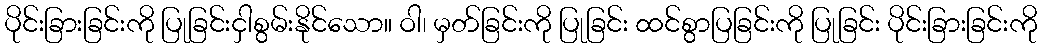
ပိုင်းခြားခြင်းကို ပြုခြင်းငှါစွမ်းနိုင်သော။ ဝါ၊ မှတ်ခြင်းကို ပြုခြင်း ထင်စွာပြခြင်းကို ပြုခြင်း ပိုင်းခြားခြင်းကို